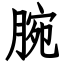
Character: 腕